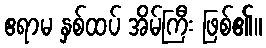
ဧရာမ နှစ်ထပ် အိမ်ကြီး ဖြစ်၏။